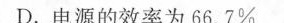
D.电源的效率为66.7%